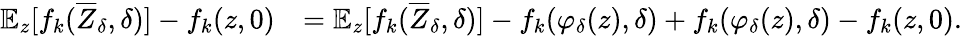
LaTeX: \begin{array}{rl}{\mathbb{E}_{z}[f_{k}(\overline{{Z}}_{\delta},\delta)]-f_{k}(z,0)}&{=\mathbb{E}_{z}[f_{k}(\overline{{Z}}_{\delta},\delta)]-f_{k}(\varphi_{\delta}(z),\delta)+f_{k}(\varphi_{\delta}(z),\delta)-f_{k}(z,0).}\end{array}